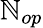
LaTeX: \mathbb{N}_{op}